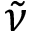
\tilde { \nu }